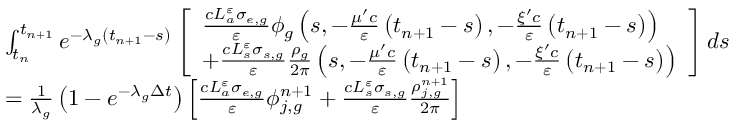
\begin{array} { l } { { \int _ { t _ { n } } ^ { t _ { n + 1 } } e ^ { - \lambda _ { g } \left( t _ { n + 1 } - s \right) } \left[ \begin{array} { l } { { \frac { c L _ { a } ^ { \varepsilon } \sigma _ { e , g } } { \varepsilon } \phi _ { g } \left( s , - \frac { \mu ^ { \prime } c } { \varepsilon } \left( t _ { n + 1 } - s \right) , - \frac { \xi ^ { \prime } c } { \varepsilon } \left( t _ { n + 1 } - s \right) \right) } } \\ { { + \frac { c L _ { s } ^ { \varepsilon } \sigma _ { s , g } } { \varepsilon } \frac { \rho _ { g } } { \mathrm { 2 } \pi } \left( s , - \frac { \mu ^ { \prime } c } { \varepsilon } \left( t _ { n + 1 } - s \right) , - \frac { \xi ^ { \prime } c } { \varepsilon } \left( t _ { n + 1 } - s \right) \right) } } \end{array} \right] d s } } \\ { { = \frac { 1 } { \lambda _ { g } } \left( 1 - e ^ { - \lambda _ { g } \Delta t } \right) \left[ \frac { c L _ { a } ^ { \varepsilon } \sigma _ { e , g } } { \varepsilon } \phi _ { j , g } ^ { n + 1 } + \frac { c L _ { s } ^ { \varepsilon } \sigma _ { s , g } } { \varepsilon } \frac { \rho _ { j , g } ^ { n + 1 } } { \mathrm { 2 } \pi } \right] } } \end{array}